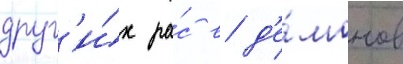
друг'и́х ра́с в д'е́монов